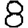
Digit: 8